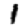
Digit: 1